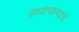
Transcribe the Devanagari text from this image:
प्राध्यापकपदाची